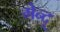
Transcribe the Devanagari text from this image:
मेन्दू